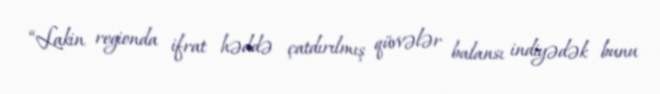
“Lakin regionda ifrat həddə çatdırılmış qüvvələr balansı indiyədək bunu